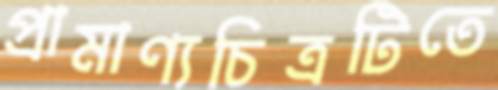
প্রামাণ্যচিত্রটিতে